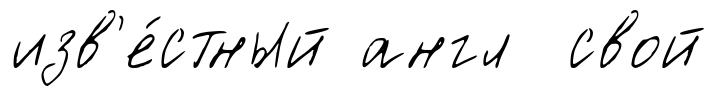
изв'е́стный англ свой